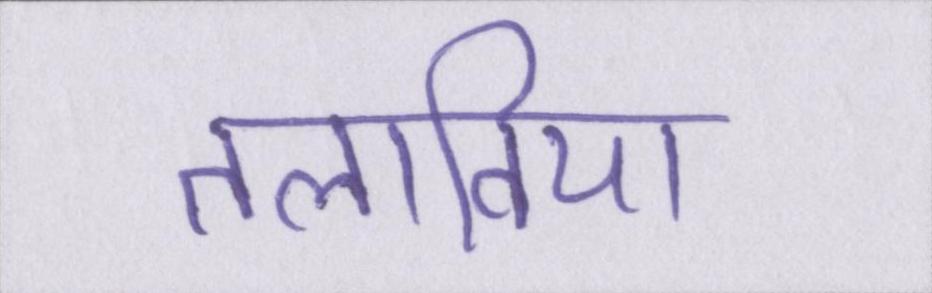
तलाविया